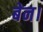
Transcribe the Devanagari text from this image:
बेन।